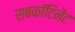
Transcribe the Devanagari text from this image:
सबकॉटिनेंट